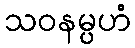
သဝနမ္ပဟံ